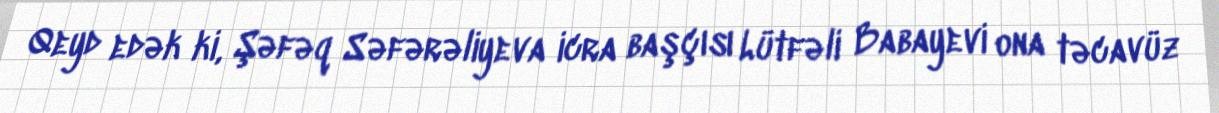
Qeyd edək ki, Şəfəq Səfərəliyeva icra başçısı Lütfəli Babayevi ona təcavüz